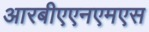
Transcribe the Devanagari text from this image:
आरबीएएनएमएस